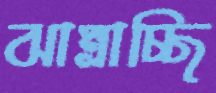
ঝাম্‌রাচ্ছি